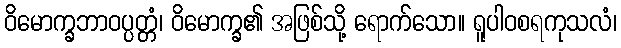
ဝိမောက္ခဘာဝပ္ပတ္တံ၊ ဝိမောက္ခ၏ အဖြစ်သို့ ရောက်သော။ ရူပါဝစရကုသလံ၊